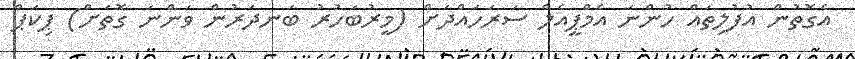
އެގޮތުން އުފުލިތައް ހުންނަ އެމްޕީއެލް ސަރަހައްދަށް (މީރުބަހުރު ބަނދަރުން ވަންނަ ގޮތަށް) ޕިކަޕް